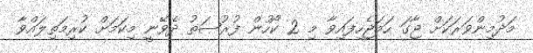
މަދުމިންވަރަކަށް ޖާގަ ހަމަޖެހިފައިވާ މި 2 ކޯހުން ފުރުޞަތު ދެވޭނީ މިކަމަށް ކުރިމަތިލައްވާ